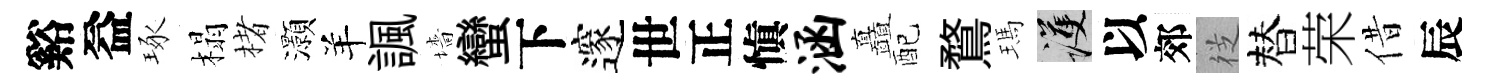
谿益琢榻楮灝羊諷墻蠻下邃世正愼涵矗配鶩瑪護以郊徔替荣借辰